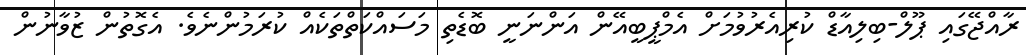
ރާއްޖޭގައި ޕޫލް-ބިލިއާޑް ކުރިއެރުވުމަށް އެމްޕީބީއޭން އަންނަނީ ބޮޑެތި މަސައްކަތްތަކެއް ކުރަމުންނެވެ. އެގޮތުން ޒުވާނުން